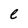
Character: e